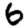
Digit: 6